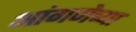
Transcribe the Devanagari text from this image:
आंगणेच्या